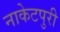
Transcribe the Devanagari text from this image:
नाकेटपुरी